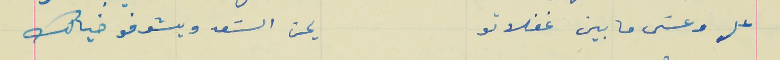
عل وعسَى ما بين غفلاتو                                 يحن السَعد ويشوفو خيالك